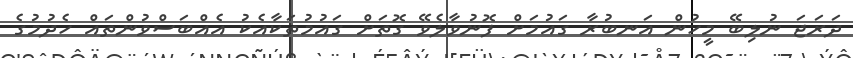
ދަރަޖަ ނުލިބޭ މީހުން އަނބުރާ ގައުމަށް ފޮނުވާލެވޭ ގޮތަށް ގައުމުތަކާއެކު އެއްބަސްވުންތައް ހެދުމުގެ